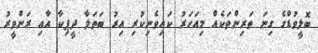
ބޮލީވުޑްގެ ގިނަ ތަރިންތަކެއް މިއަހަރު ކައިވެނިކުރި އިރު ބަތަލާ ދީޕިކާ އާއި ރަންވީރު